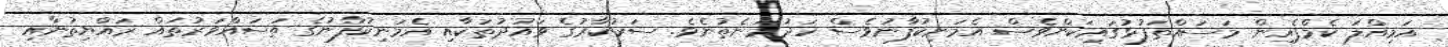
އަމިއްލަ ކެމްޕެއިން މަސައްތަފުޅުގައިކަންވެސް އެމަނިކުފާނުވެސް ހަދުމަނެތުނެވެ. ސަރުކާރުގެ ވައުދުތަކާއި އެމަނިކުފާނުގެ ތަސައްވަރުތައް ރައްޔިތުނާއި